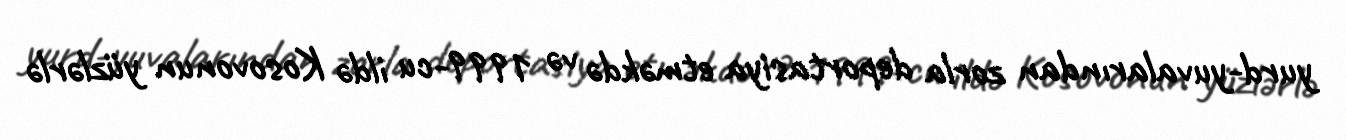
yurd-yuvalarından zorla deportasiya etməkdə və 1999-cu ildə Kosovonun yüzlərlə